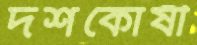
দশকোষী